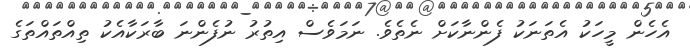
އެހެން މީހަކު އެތަނަކު ފެންނާކަށް ނެތެވެ. ނަމަވެސް އިތުރު ނުފެންނަ ބާރަކާއެކު ތިއްތައްތަގެ